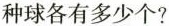
种球各有多少个?